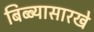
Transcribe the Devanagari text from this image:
बिब्ब्यासारखे